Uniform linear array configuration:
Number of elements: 12
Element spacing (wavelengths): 0.75
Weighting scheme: uniform
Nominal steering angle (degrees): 60
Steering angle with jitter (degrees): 58.478
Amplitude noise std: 0.05
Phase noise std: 0.05

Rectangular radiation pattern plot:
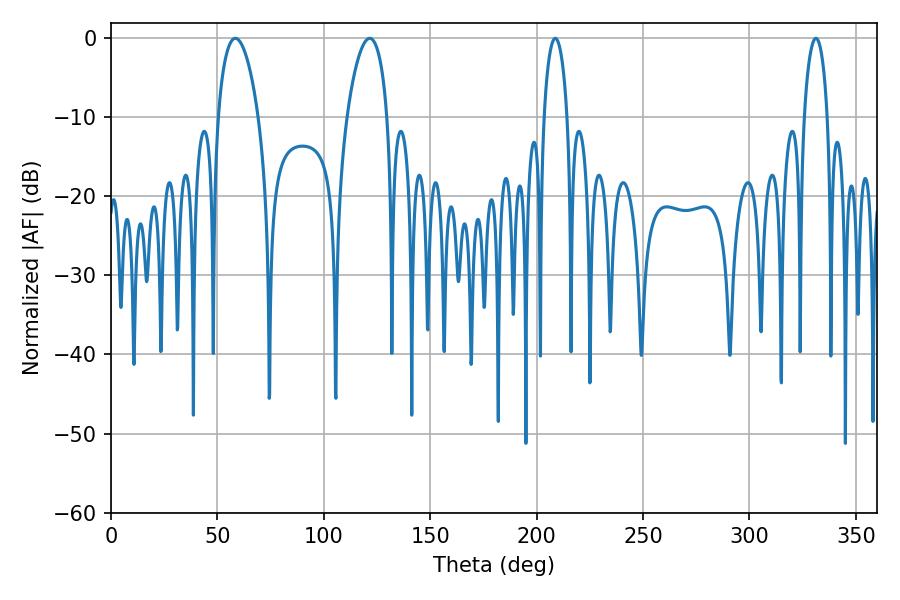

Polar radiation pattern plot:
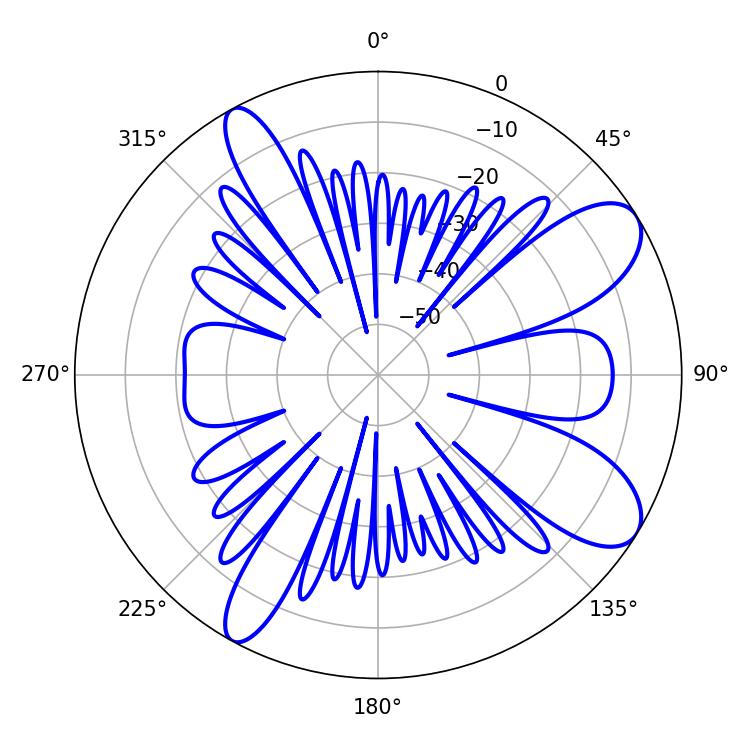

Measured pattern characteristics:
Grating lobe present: TRUE
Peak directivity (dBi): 9.34
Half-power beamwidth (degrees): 6.12
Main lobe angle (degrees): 331.2